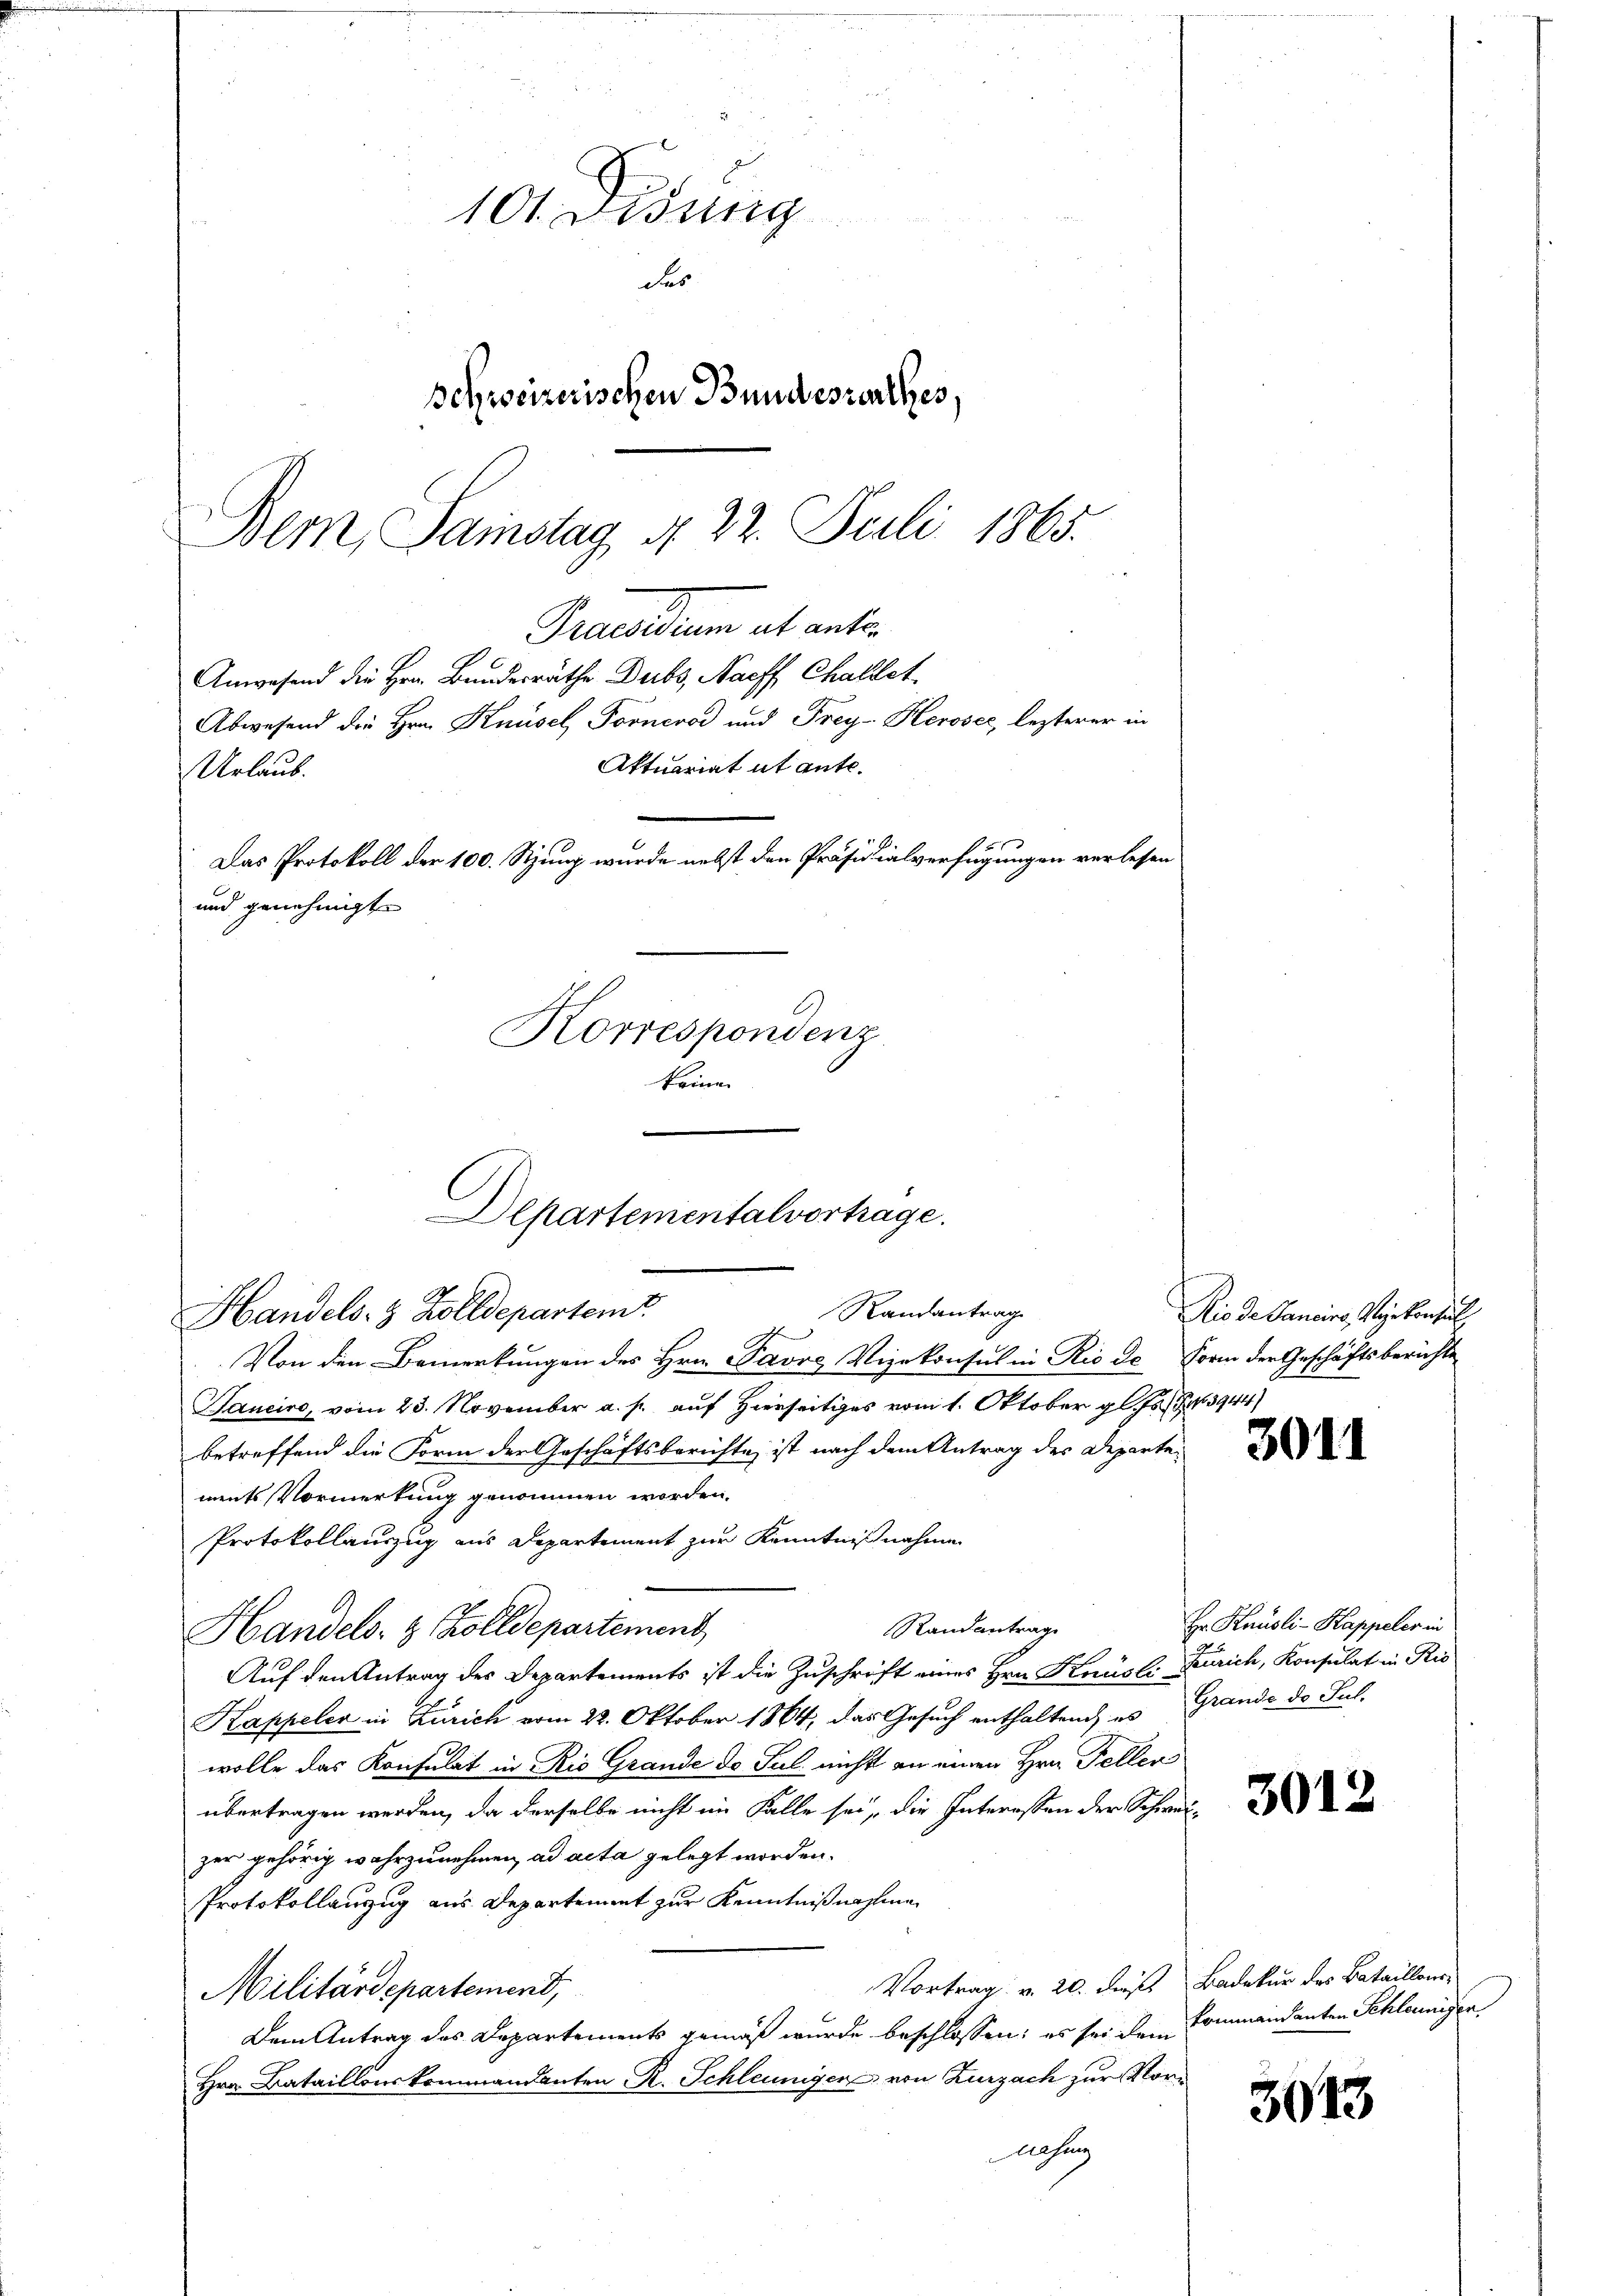
Praesidum et anter
Anwesend die Hrn. Bundesräthe Dubs, Nacff Challet,
Abwesend die Hrn. Knüsel Torneros und Frey-Heroser, lezterer in

10 Didung
des
Schweizerischen Bundesrathes.
Dem Samstag d. 22. Juli 1865.

Urlaub.
Das Protokoll der 100. Stzung wurde nebst den Präsidialverfügungen verlesen
und genehmigt

Aktuariat it ente.

Korrespondenz
keine

Departementalvertrage.
Randantrag
Handels- & Zolldepartemt

d
Von den Bemerkungen des Hrn. Pavrg Vizekonsul in Rio de Form der Geschäftsberichte
Tancire, vom 23. November a. p. auf Hierseitiges vom 1. Oktober gl. Js. Z. 3944)
betreffend die Form der Geschäftsberichte, ist nach dem Antrag des Departements Vormerkung genommen worden.
Protokollauszug aus Departement zur Kenntnißnahme
Randantrage
Handels- & Zolldepartement,
Auf den Antrag des Departements ist die Zuschrift eines Hrn. Knüsli Zürich, Konsulat in Ris
Kappeler in Zürich vom 22. Oktober 1864, das Gesuch enthaltend es Grande de Sach-
wolle das Konsulat in Rio Grande de Jul. nicht an einen Hrn. Fellen
übertragen werden, da derselbe nicht im Falle sei, die Interessen der Schweizer gehörig wahrzunehmen, ad acta gelegt worden.
Protokollanzug aus Departement zur Kenntnißnahme
Vortrag v. 20. dieß Bedekur des Bataillons
Militärdepartemend,
Dem Antrag des Departements gemäß wurde beschlossen: es sei dem Commandanten Schleunigen
Hrn. Bataillonskommandanten R. Schleuniger von Zurzach zur Vor¬
Mahung

Rio de Sancirs, Verkonsul

Hr Knüsli - Kappeler in

3011

3012

3043